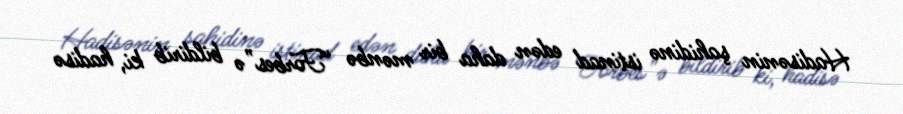
Hadisənin şahidinə istinad edən daha bir mənbə “Forbes”ə bildirib ki, hadisə